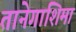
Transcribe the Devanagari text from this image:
तानेगाशिमा